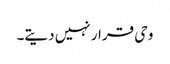
وحی قرار نہیں دیتے۔